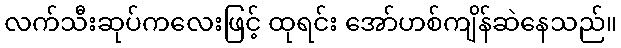
လက်သီးဆုပ်ကလေးဖြင့် ထုရင်း အော်ဟစ်ကျိန်ဆဲနေသည်။